18_6369445_General_1948_Vol_1
Agency: Department of War
Incident date: 6/15/48
Page 25
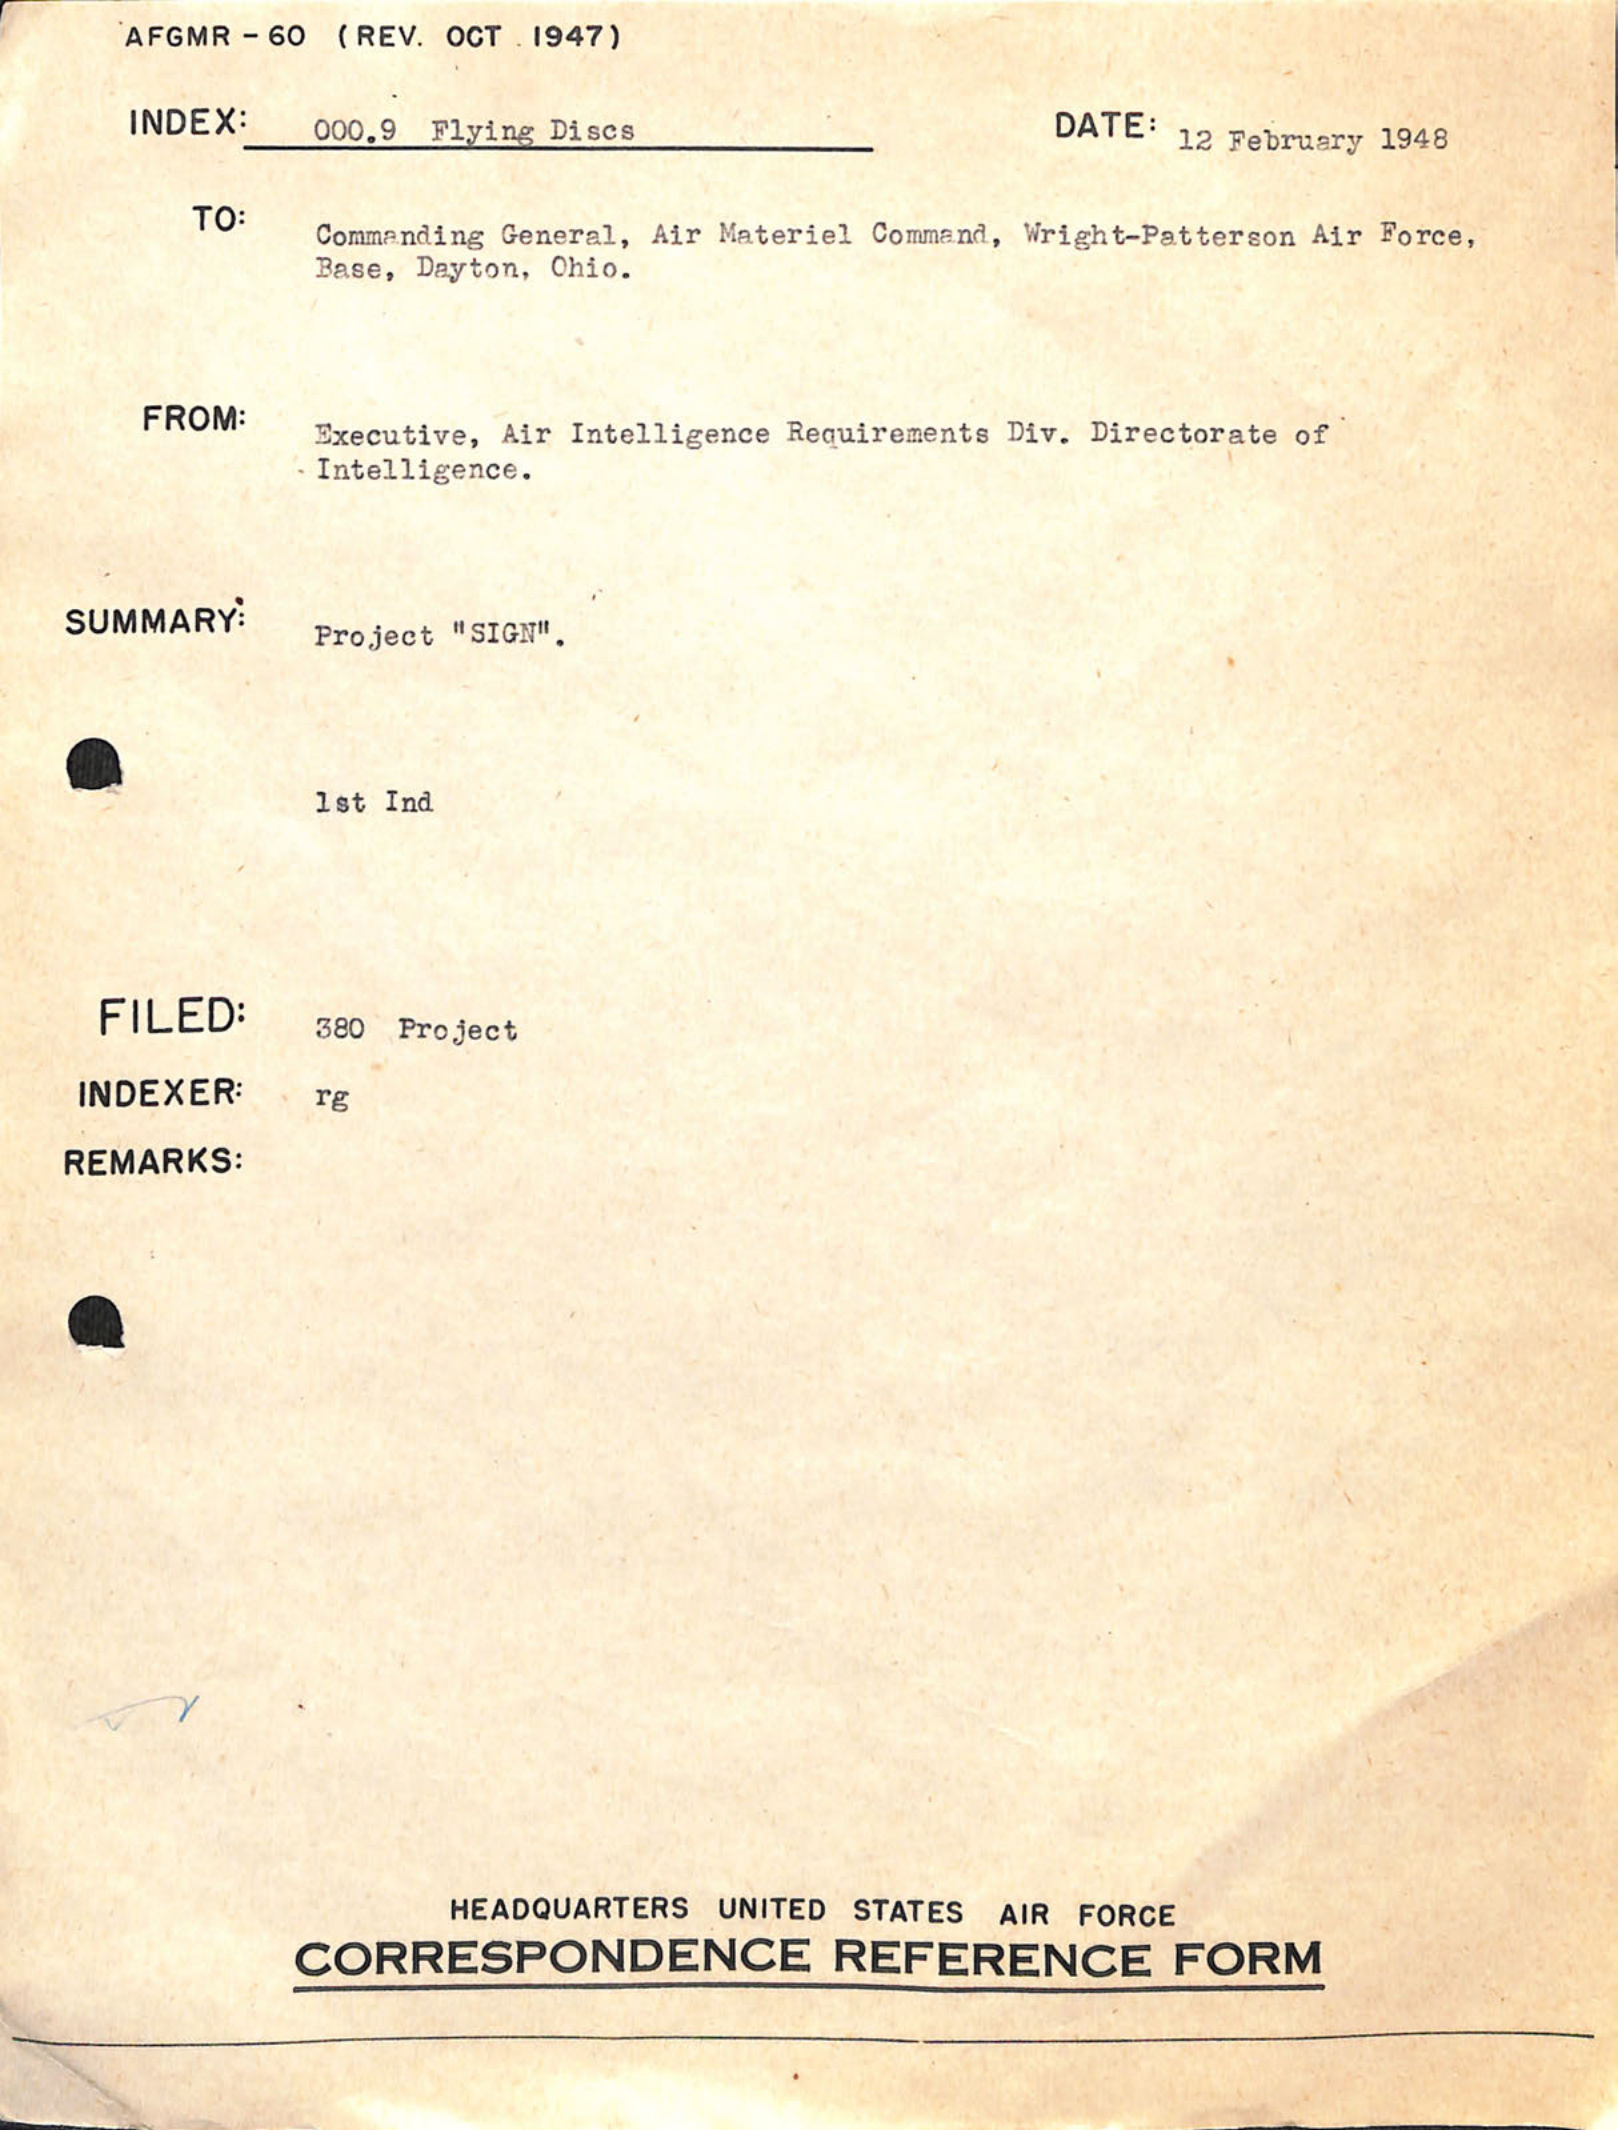